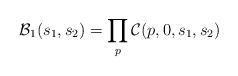
LaTeX: \begin{align*} \mathcal{B}_1(s_1,s_2) = \prod_{p} \mathcal{C}(p,0,s_1,s_2)\end{align*}